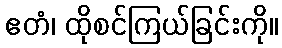
ဧတံ၊ ထိုစင်ကြယ်ခြင်းကို။